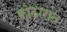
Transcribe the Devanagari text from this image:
कोठारात